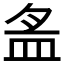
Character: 𱲏